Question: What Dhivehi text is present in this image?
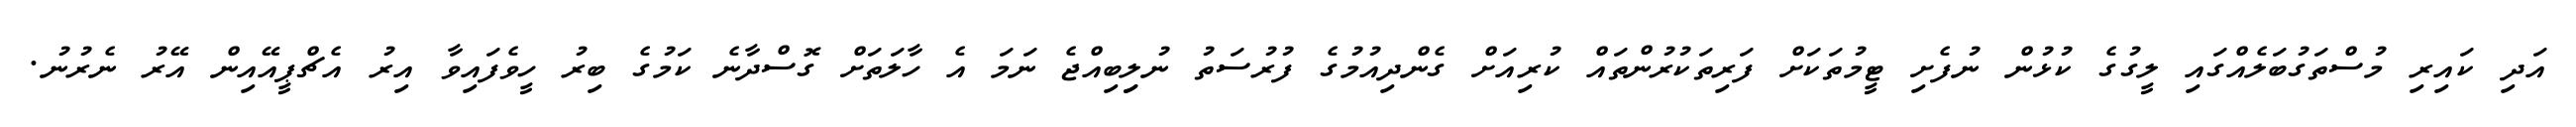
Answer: އަދި ކައިރި މުސްތަގުބަލެއްގައި ލީގުގެ ކުޅުން ނުފެށި ޓީމުތަކަށް ފަރިތަކުރުންތައް ކުރިއަށް ގެންދިއުމުގެ ފުރުސަތު ނުލިިބިއްޖެ ނަމަ އެ ހާލަތަށް ގޮސްދާނެ ކަމުގެ ބިރު ހީވެފައިވާ އިރު އެޗްޕީއޭއިން އޭރު ނެރުނު.